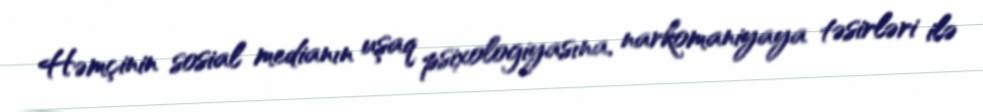
Həmçinin sosial medianın uşaq psixologiyasına, narkomaniyaya təsirləri ilə